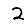
Digit: 2